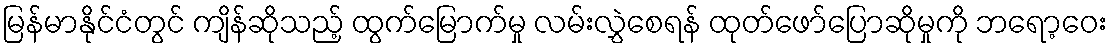
မြန်မာနိုင်ငံတွင် ကျိန်ဆိုသည့် ထွက်မြောက်မှု လမ်းလွှဲစေရန် ထုတ်ဖော်ပြောဆိုမှုကို ဘရော့ဝေး